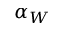
\alpha _ { W }